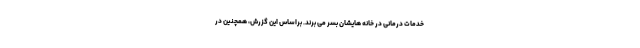
خدمات درمانی در خانه هایشان بسر می برند. براساس این گزرش، همچنین در